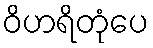
ဝိဟရိတုံပေ